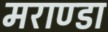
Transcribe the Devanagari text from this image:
मराण्डा